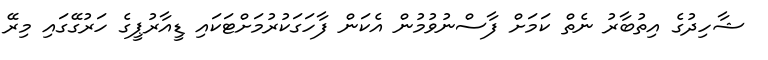
ޝާހިދުގެ އިތުބާރު ނެތް ކަމަށް ފާސްނުވުމުން އެކަން ފާހަގަކުރުމަށްޓަކައި ޑީއާރުޕީގެ ހަރުގޭގައި މިރޭ